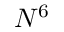
N ^ { 6 }